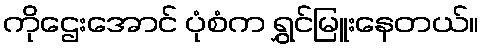
ကိုဌေးအောင် ပုံစံက ရွှင်မြူးနေတယ်။